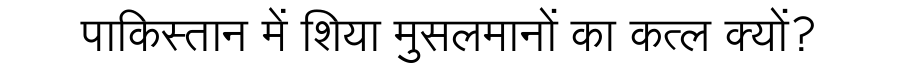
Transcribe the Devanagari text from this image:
पाकिस्तान में शिया मुसलमानों का कत्ल क्यों?